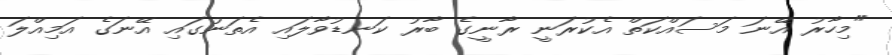
"މިހާރު އޭނަ މަސައްކަތް އެކުރަނީ ރާނީގެ ބާރު ކަނޑުވާލައި އެތަނުގައި އޭނަގެ އަމިއްލަ